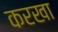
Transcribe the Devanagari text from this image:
करखा